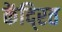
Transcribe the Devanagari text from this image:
केंदि्रत